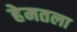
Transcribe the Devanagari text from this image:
हेमतला